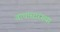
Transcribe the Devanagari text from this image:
वाघासारख्या